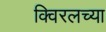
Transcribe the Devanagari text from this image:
क्विरलच्या